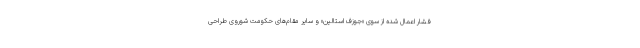
فشار اعمال شده از سوی «جوزف استالین» و سایر مقام‌های حکومت شوروی طراحی